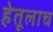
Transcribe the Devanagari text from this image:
हेतूलाच